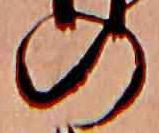
の